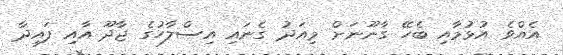
އެއްވެ އުޅުމާއި ބެހޭ ގާނޫނަށް މިއަދު ގެނައި އިސްލާހުގެ ޖާދޫ އާއި ފައިދާ